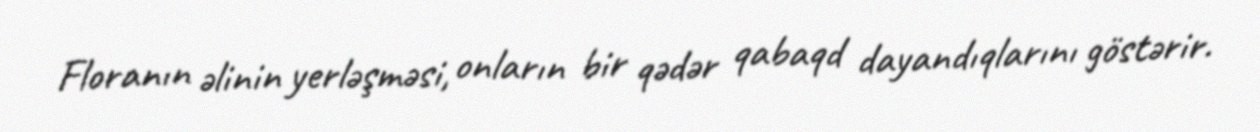
Floranın əlinin yerləşməsi, onların bir qədər qabaqd dayandıqlarını göstərir.